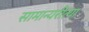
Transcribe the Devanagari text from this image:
सामान्यरीत्या